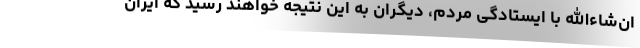
ان‌شاءالله با ایستادگی مردم، دیگران به این نتیجه خواهند رسید که ایران